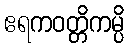
ဧရကဝတ္တိကမ္ပိ